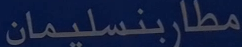
مطاربنسليمان